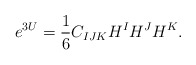
\begin{align*}e^{3U}={\frac{1}{6}}C_{IJK}H^{I}H^{J}H^{K}.\end{align*}